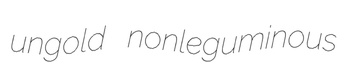
ungold nonleguminous